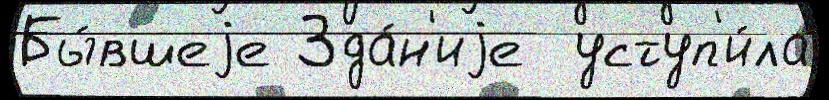
Бы́вшеjе Зда́н'иjе  уступ'и́ла